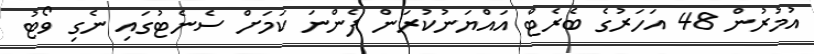
އުމުރުން 48 އަހަރުގެ ބެރެޓް އައްްޔަނުކުރަން ފެންނަ ކަމަށް ސެނެޓުގައި ނެގި ވޯޓު